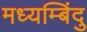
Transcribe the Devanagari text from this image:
मध्यम्बिंदु